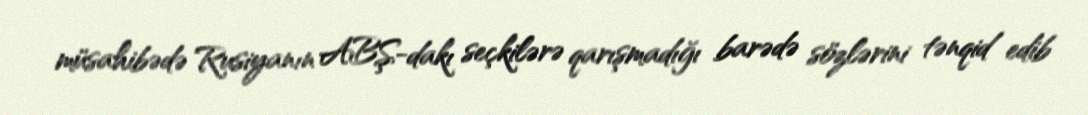
müsahibədə Rusiyanın ABŞ-dakı seçkilərə qarışmadığı barədə sözlərini tənqid edib